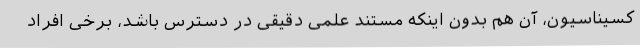
کسیناسیون، آن هم بدون اینکه مستند علمی دقیقی در دسترس باشد، برخی افراد